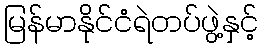
မြန်မာနိုင်ငံရဲတပ်ဖွဲ့နှင့်